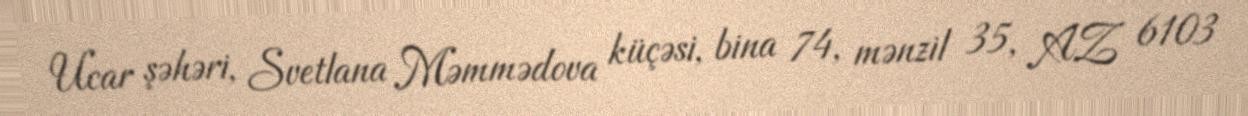
Ucar şəhəri, Svetlana Məmmədova küçəsi, bina 74, mənzil 35, AZ 6103